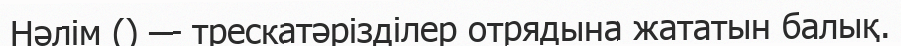
Нәлім () — трескатәрізділер отрядына жататын балық.